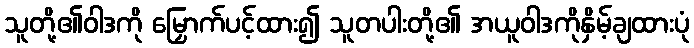
သူတို့၏ဝါဒကို မြှောက်ပင့်ထား၍ သူတပါးတို့၏ အယူဝါဒကိုနှိမ့်ချထားပုံ